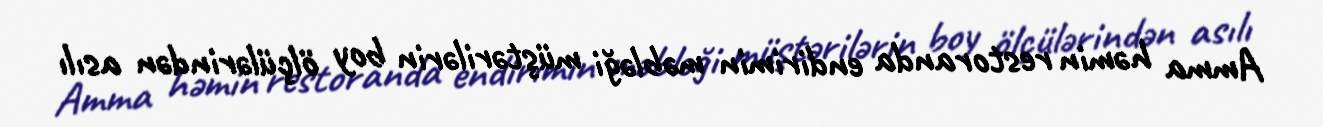
Amma həmin restoranda endirimin məbləği müştərilərin boy ölçülərindən asılı